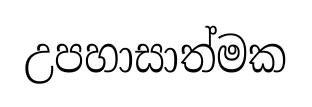
උපහාසාත්මක